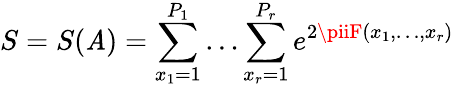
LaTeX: S=S(\mathit{A})=\sum_{x_{1}=1}^{P_{1}}\dots\sum_{x_{r}=1}^{P_{r}}e^{2\piiF(x_{1},\dots,x_{r})}